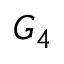
G _ { 4 }